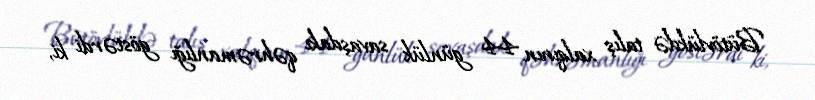
Bütövlükdə talış xalqının 44 günlük savaşdakı qəhrəmanlığı göstərdi ki,